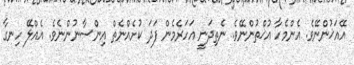
އޭއަޚުންނޭވެ. އެންމެހާ އުޚްތުންނޭވެ. ނެތިދަނީ އަހަރެމެން ފަދަ ކުށެއްނެތް އިންސާނުންނެވެ. އެއްލޭ ހިނގާ